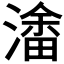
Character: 𭲥